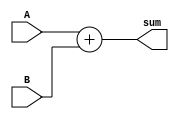
module adder (
    input wire [31:0] A,
    input wire [31:0] B,
    output reg [32:0] sum
);

always @(*) begin
    sum = A + B;
end

endmodule